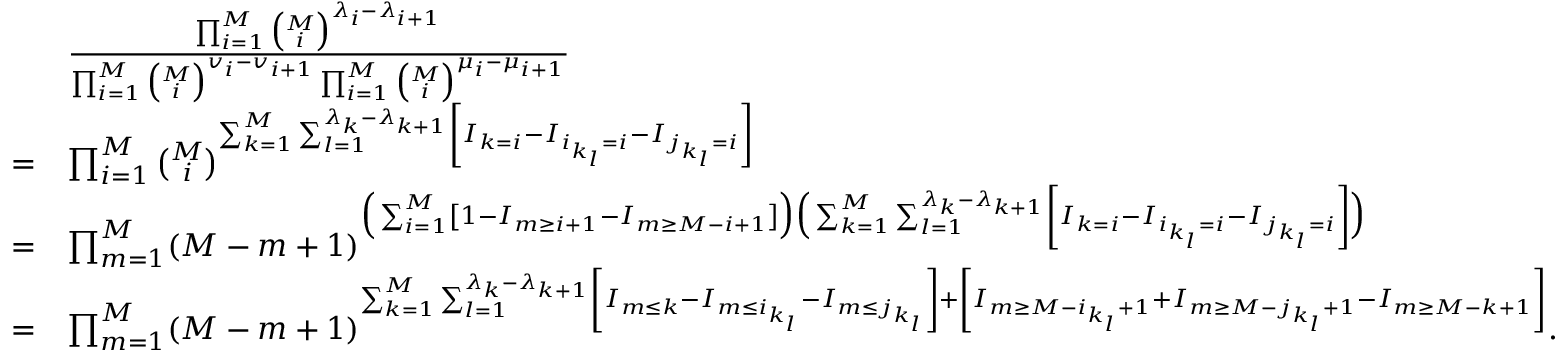
\begin{array} { r l } & { \frac { \prod _ { i = 1 } ^ { M } \binom { M } { i } ^ { \lambda _ { i } - \lambda _ { i + 1 } } } { \prod _ { i = 1 } ^ { M } \binom { M } { i } ^ { v _ { i } - v _ { i + 1 } } \prod _ { i = 1 } ^ { M } \binom { M } { i } ^ { \mu _ { i } - \mu _ { i + 1 } } } } \\ { = } & { \prod _ { i = 1 } ^ { M } \binom { M } { i } ^ { \sum _ { k = 1 } ^ { M } \sum _ { l = 1 } ^ { \lambda _ { k } - \lambda _ { k + 1 } } \left[ I _ { k = i } - I _ { i _ { k _ { l } } = i } - I _ { j _ { k _ { l } } = i } \right] } } \\ { = } & { \prod _ { m = 1 } ^ { M } ( M - m + 1 ) ^ { \Big ( \sum _ { i = 1 } ^ { M } \left[ 1 - I _ { m \ge i + 1 } - I _ { m \ge M - i + 1 } \right] \Big ) \Big ( \sum _ { k = 1 } ^ { M } \sum _ { l = 1 } ^ { \lambda _ { k } - \lambda _ { k + 1 } } \left[ I _ { k = i } - I _ { i _ { k _ { l } } = i } - I _ { j _ { k _ { l } } = i } \right] \Big ) } } \\ { = } & { \prod _ { m = 1 } ^ { M } ( M - m + 1 ) ^ { \sum _ { k = 1 } ^ { M } \sum _ { l = 1 } ^ { \lambda _ { k } - \lambda _ { k + 1 } } \left[ I _ { m \le k } - I _ { m \le i _ { k _ { l } } } - I _ { m \le j _ { k _ { l } } } \right] + \left[ I _ { m \ge M - i _ { k _ { l } } + 1 } + I _ { m \ge M - j _ { k _ { l } } + 1 } - I _ { m \ge M - k + 1 } \right] } . } \end{array}